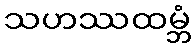
သဟဿထမ္ဘံ